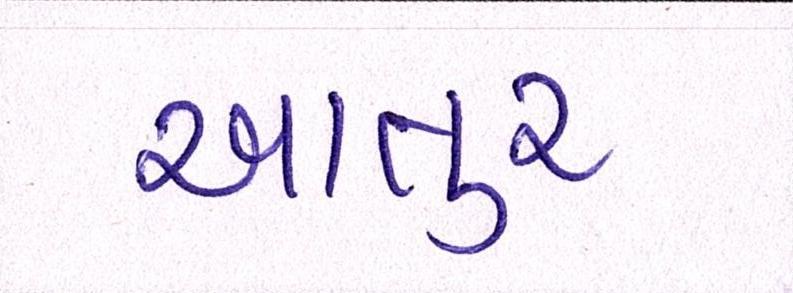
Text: આતુર